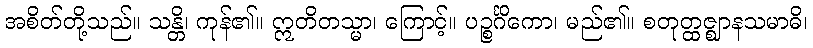
အစိတ်တို့သည်။ သန္တိ၊ ကုန်၏။ ဣတိတသ္မာ၊ ကြောင့်။ ပဉ္စင်္ဂိကော၊ မည်၏။ စတုတ္ထဇ္ဈာနသမာဓိ၊